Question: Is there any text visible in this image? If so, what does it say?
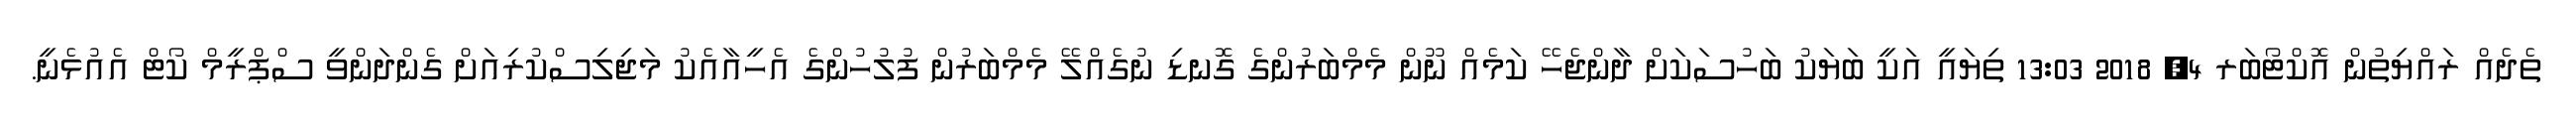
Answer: ތެދެއް ރައްޔިތުން އޮކްޓޯބަރ 4, 2018 13:03 ތިޔައީ އަކީ ބަޔަކު ބަހުސަކަށް ދާންޖެހޭ ކަމެއް ނޫން މެމްބަރުންގެ ގޮނޑި ނުގެއްލޭ މެމްބަރުން ފުލުހުންގެ އެހީއާއެކު މަޖިލިސްކުރިއަށް ގެންދަންވީ ސްޕްރީމް ކޯޓް އެއުޅެނީ.